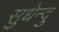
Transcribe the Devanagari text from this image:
सुधेन्दु